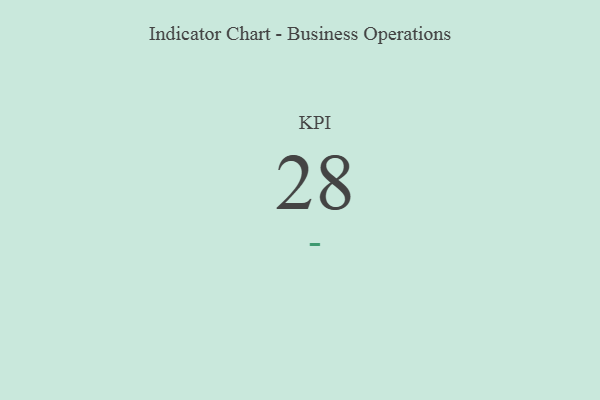
{"axis": {"x": "KPI", "y": "Value"}, "legend": [""], "data": [{"x": "KPI", "y": 28, "type": ""}]}